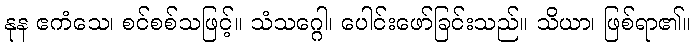
နုန ဧကံသေ၊ စင်စစ်သဖြင့်။ သံသဂ္ဂေါ၊ ပေါင်းဖော်ခြင်းသည်။ သိယာ၊ ဖြစ်ရာ၏။